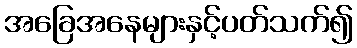
အခြေအနေများနှင့်ပတ်သက်၍